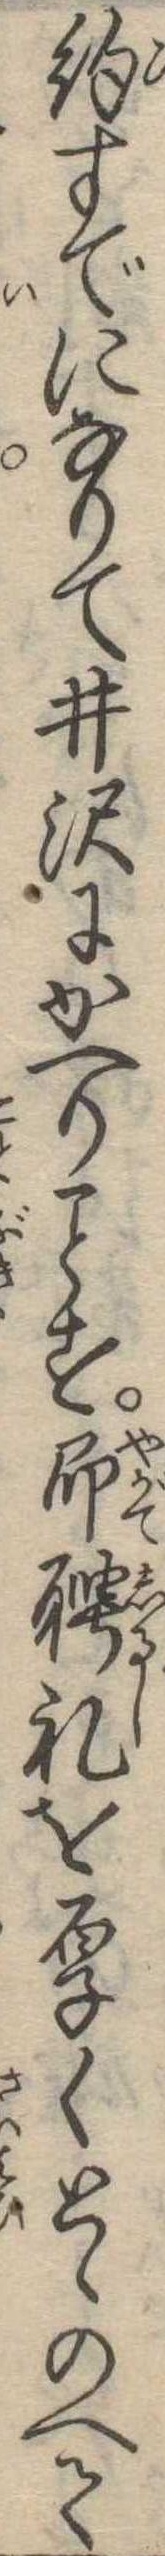
約すでになりて井沢にかへりす即聘礼を厚くとゝのへて